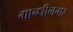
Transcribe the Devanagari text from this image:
गान्धीनगर